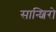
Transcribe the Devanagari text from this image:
सान्शिरो